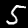
Digit: 5